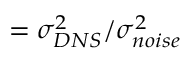
= \sigma _ { D N S } ^ { 2 } / \sigma _ { n o i s e } ^ { 2 }